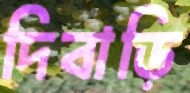
দিবাড়ি